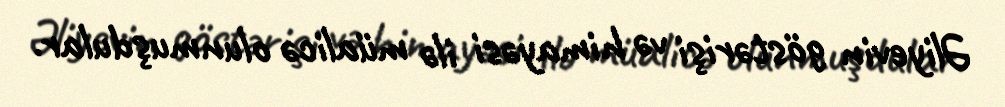
Əliyevin göstərişi və himayəsi ilə müalicə olunmuşdular.